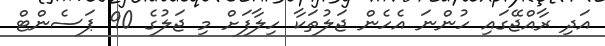
އަދި ރާއްޖޭގައި ހުންނަ އެހެން ޖަލުތަކާ ހިލާފަށް މި ޖަލުގެ 90 ޕަސެންޓް